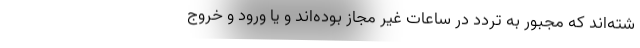
شته‌اند که مجبور به تردد در ساعات غیر مجاز بوده‌اند و یا ورود و خروج